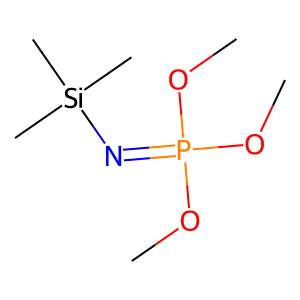
SMILES: COP(=N[Si](C)(C)C)(OC)OC
Inhibits HIV replication: No